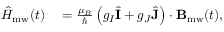
\begin{array} { r l } { \hat { H } _ { \mathrm { m w } } ( t ) } & { { } = \frac { \mu _ { B } } { \hbar } \left( g _ { I } \hat { \mathbf { I } } + g _ { J } \hat { \mathbf { J } } \right) \cdot \mathbf { B } _ { \mathrm { m w } } ( t ) , } \end{array}